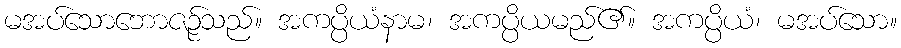
မအပ်သောဘောဇဉ်သည်။ အကပ္ပိယံနာမ၊ အကပ္ပိယမည်၏။ အကပ္ပိယံ၊ မအပ်သော။